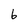
Character: 6